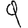
Digit: 9